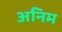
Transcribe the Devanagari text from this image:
अनिम